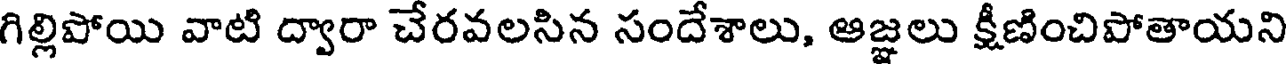
గిల్లిపోయి వాటి ద్వారా చేరవలసిన సందేశాలు, ఆజ్ఞలు క్షీణించిపోతాయని